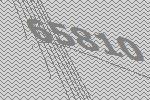
65810